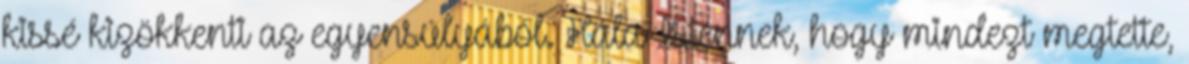
kissé kizökkenti az egyensúlyából. Hála Istennek, hogy mindezt megtette,